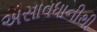
અસાવધાનીથી